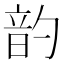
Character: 䪨